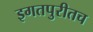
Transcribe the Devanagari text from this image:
इगतपुरीतच